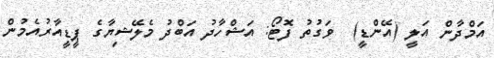
އަމްދާން އަލީ (އޭންޑީ)  ވަގުތު ފޮޓޯ: އަޝްހާދު އަބްދު މެލޭޝިޔާގެ ޕީޑީއާރުއެމުން